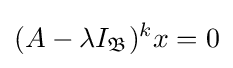
(A-\lambda I_{\mathfrak {B}})^{k}x=0